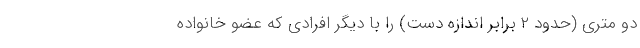
دو متری (حدود ۲ برابر اندازه دست) را با دیگر افرادی که عضو خانواده